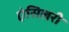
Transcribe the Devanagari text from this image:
एंसिलरी